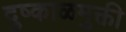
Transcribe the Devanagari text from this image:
दुष्काळमुक्ती